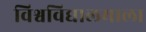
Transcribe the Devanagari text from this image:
विश्वविद्यालयाला